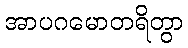
အာပဂမောတရိတွာ